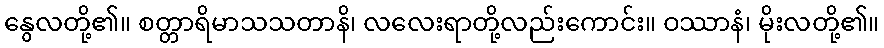
နွေလတို့၏။ စတ္တာရိမာသသတာနိ၊ လလေးရာတို့လည်းကောင်း။ ဝဿာနံ၊ မိုးလတို့၏။